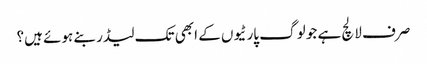
صرف لالچ ہے جو لوگ پارٹیوں کے ابھی تک لیڈر بنے ہوئے ہیں؟